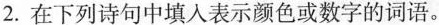
2.在下列诗句中填入表示颜色或数字的词语。